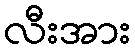
လီးအား